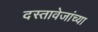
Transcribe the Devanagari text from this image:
दस्तावेजांच्या